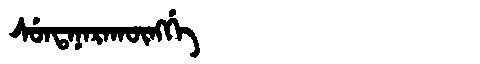
Manchu: ᠰᡠᠨᡨᠠᠨᠠᡵᠠᡴᡡᠩᡤᡝ
Romanization: SUNTANARAKŪNGGE